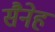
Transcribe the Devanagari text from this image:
सैनेह